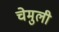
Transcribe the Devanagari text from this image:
चेमुली